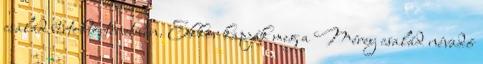
család birtoktörténetében. Ekkor kapják meg a Mérey család névadó